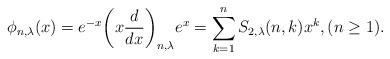
LaTeX: \begin{align*}\phi_{n,\lambda}(x)=e^{-x}\bigg(x\frac{d}{dx}\bigg)_{n,\lambda}e^{x}=\sum_{k=1}^{n}S_{2,\lambda}(n,k)x^{k},(n\ge 1).\end{align*}